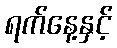
ရက်နေ့နှင့်